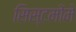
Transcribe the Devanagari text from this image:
सिस्टमोंमे